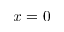
x = 0